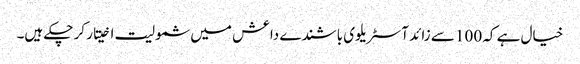
خیال ہے کہ 100 سے زائد آسٹریلوی باشندے داعش میں شمولیت اخیتار کر چکے ہیں۔